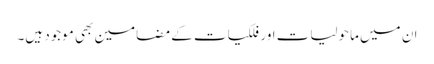
ان میں ماحولیات اور فلکیات کے مضامین بھی موجود ہیں۔